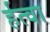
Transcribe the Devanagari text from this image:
र्हत्वा